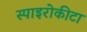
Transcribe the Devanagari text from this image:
स्पाइरोकीटा